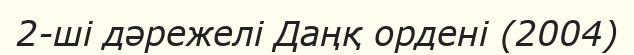
2-ші дәрежелі Даңқ ордені (2004)